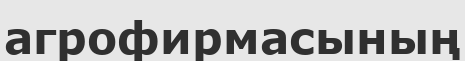
агрофирмасының